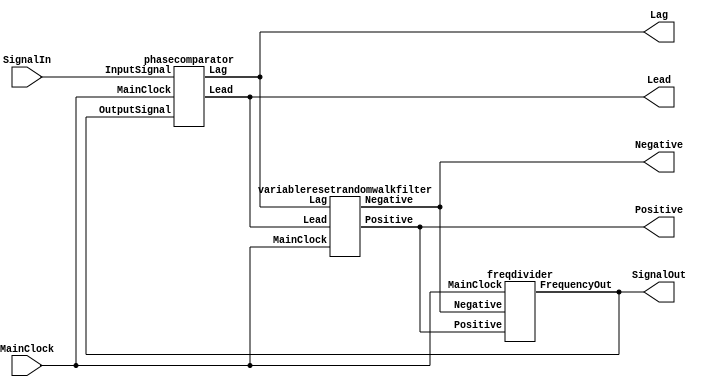

/* Top module */
module dpll(SignalIn, SignalOut, MainClock,
            Positive, Negative, Lead, Lag
            );
input  SignalIn;                // input signal
input  MainClock;               // reference signal
output SignalOut;               // output
output Positive, Negative;      // internal DPLL signals
output Lead, Lag;               // internal DPLL signals

// phase comparator 
phasecomparator inst_ph_cmp(.MainClock(MainClock), .InputSignal(SignalIn),
                            .OutputSignal(SignalOut), .Lead(Lead), .Lag(Lag)
                            );
/*
// "Zero-Reset Random Walk Filter"
randomwalkfilter inst_zrwf(.MainClock(MainClock), .Lead(Lead), .Lag(Lag),
                           .Positive(Positive), .Negative(Negative)
                           );
*/

// "Variable-Reset Random Walk Filter"
variableresetrandomwalkfilter inst_zrwf(.MainClock(MainClock), .Lead(Lead), .Lag(Lag),
                           .Positive(Positive), .Negative(Negative)
                           );

// controlled frequency divider
freqdivider inst_freqdiv(.MainClock(MainClock), .FrequencyOut(SignalOut),
                           .Positive(Positive), .Negative(Negative)
                           );

endmodule

/* frequency divider and phase controller */

module freqdivider(MainClock, Positive, Negative, FrequencyOut);
 input MainClock;                 // main clock
 input Positive, Negative;    // signals Positive, Negative are synchronous with MainClock
 output FrequencyOut;         // output frequency

/* needed counter length */
parameter DividerLength   = 7;

/*  controlled prescaler, after this prescales the "divider by 2" installed,     */
/*  so composite divide coefficient will be equivalent of 96 (in this example) - */
/*  it's necessary for work DPLL on frequency 192kHz with oscillator             */
/*  frequency 18432kHz                                                           */
/* additional divider by 2 used for getting output signal with duty factor of 2  */

parameter DividerMaxValue = 48;

reg [DividerLength-1 : 0] DividerCounter;
reg FrequencyOut;        // registered output

/* Process of freq. division according to  signals from Random  Deviations Filter:  */
/* if "lag" then counter will incremented by 2                                                                          */
/* if "lead" then counter will not changed                                                                                */
/* if there is no phase lead or lag then counter normally incremented by 1                          */

always @(posedge MainClock)
 begin
  if(DividerCounter >= (DividerMaxValue - 1))
    DividerCounter <= 0;
    else if(Negative)       DividerCounter <= DividerCounter + 2;
          else if(Positive) DividerCounter <= DividerCounter;
                else        DividerCounter <= DividerCounter + 1;
  if(DividerCounter == 0) FrequencyOut <= ~FrequencyOut;           // additional divider by 2 - for producing 50% duty factor of the output signal
 end

endmodule

/* phase comparator */
module phasecomparator(InputSignal, OutputSignal, MainClock, Lead, Lag);

input InputSignal, OutputSignal;    // PLL input(reference) and output(dejittered clock) signals
input MainClock;                    // System Clock
output Lead, Lag;                   // Lead and Lag signals

reg [1:0] InputSignalEdgeDet;       // detector of the rising edge
always @(posedge MainClock)
 begin
  InputSignalEdgeDet <= { InputSignalEdgeDet[0], InputSignal };
 end


/* this signal checked at rising edge of MainClock.       */
/* It's simple detector of the Input signal rising edge - */
/* When it detected then we check the level of the output.*/
/* There is possible to place additional 2 registers for  */
/* output signal for eliminatig  the cmp. constant phase error */
wire InputSignalEdge = (InputSignalEdgeDet == 2'b01);

/* "Lead" signal will be generate in case of output==1 during input rising edge*/
reg Lead, Lag;                   // outputs "Lead", "Lag" are registered
always @(posedge MainClock)
 begin                         
  Lag  <= ((InputSignalEdge == 1'b1)  && (OutputSignal == 1'b0));
  Lead <= ((InputSignalEdge == 1'b1)  && (OutputSignal == 1'b1));
 end

endmodule

/* Random Walk Filter with reset value of 0*/
module randomwalkfilter(MainClock, Lead, Lag, Positive, Negative);
 input  MainClock, Lead, Lag;    // System Clock and Phase Comparator signals
 output Positive, Negative;      // "positive shift" and "negative shift" outputs

/* some parametere are accessible from outside */
parameter FilterLength      = 8;
parameter FilterResetValue  = 4;
parameter FilterMaxValue    = FilterResetValue;
parameter FilterMinValue    = 256 - FilterResetValue;

/* reversive counter */ 
reg [FilterLength-1 : 0] FilterCounter;

/* calculation of output pulses synchrinized with MainClock */
always @(posedge MainClock)
 begin
  if((FilterCounter == FilterMaxValue) || (FilterCounter == FilterMinValue))
    FilterCounter <= 0;
    else
     begin
      if(Lead) FilterCounter <= FilterCounter + 1;
      if(Lag)  FilterCounter <= FilterCounter - 1;
     end
 end

/* making "Lead" and "Lag" signals when  */
/* counter reached max or min levels     */
reg Positive, Negative;
always @(posedge MainClock)
 begin
  Positive <= (FilterCounter == FilterMaxValue);
  Negative <= (FilterCounter == FilterMinValue);
 end

endmodule



/* random-walk filter with variable reset */

module variableresetrandomwalkfilter(MainClock, Lead, Lag, Positive, Negative);
 input  MainClock, Lead, Lag; // System Clock and Phase Comparator signals
 output Positive, Negative;   // "positive shift" and "negative shift" outputs

parameter N_FilterLength      = 8;
parameter N_FilterResetValue  = 8;
parameter N_FilterMaxValue    = N_FilterResetValue;

/* 256=2_PWR_8(counter length). Use this value because unsigned arithmetic */
parameter N_FilterMinValue    = 256 - N_FilterResetValue;

/* the counter length of reset scheme must be short */
parameter ResetterCounterLength   = 4;
parameter ResetterCounterMaxValue = 3;

/* 16=2_PWR_4 */
parameter ResetterCounterMinValue = 16 - 3;

/* counter "N - RandomWalkFilter" */ 
reg [N_FilterLength-1 : 0] N_FilterCounter;

/* connections of "M - RandomWalkFilter" */
wire Up, Down;
randomwalkfilter inst_M_Filter(.MainClock(MainClock), .Lead(Lead), .Lag(Lag),
                                             .Positive(Up), .Negative(Down));
defparam inst_M_Filter.FilterResetValue = 32;  // length "M-RWF" = 32

/* Reset Scheme. This counter changes on "M-RWF" counter */
reg [ResetterCounterLength-1 : 0] ResetterCounter;
always @(posedge MainClock)
 begin
  if(Up)
   begin
    if((ResetterCounter < ResetterCounterMaxValue) || (ResetterCounter >= ResetterCounterMinValue))
     ResetterCounter <= ResetterCounter + 1;
   end
  else if(Down)
   begin
    if((ResetterCounter <= ResetterCounterMaxValue) || (ResetterCounter > ResetterCounterMinValue))
     ResetterCounter <= ResetterCounter - 1;
   end
  if((ResetterCounter > ResetterCounterMaxValue) && (ResetterCounter < ResetterCounterMinValue))
     ResetterCounter <= 0;
 end

/* Look-Up Table between ResetterCounter value and reset state of "N-RWF" */
reg [N_FilterLength-1 : 0] ResetterValue;
always @(1)
 begin
  case(ResetterCounter)
   16 - 3:  ResetterValue = 256 - 7;
   16 - 2:  ResetterValue = 256 - 6;
   16 - 1:  ResetterValue = 256 - 4;
   0:       ResetterValue = 0;
   1:       ResetterValue = 4;
   2:       ResetterValue = 6;
   3:       ResetterValue = 7;
   default: ResetterValue = 0;
  endcase
 end

/* "N-RWF" Filter has different reset states */
/* in accordance ResetterCounter value       */
always @(posedge MainClock)
 begin
  if((N_FilterCounter == N_FilterMaxValue) || (N_FilterCounter == N_FilterMinValue))
    N_FilterCounter <= ResetterValue;
    else
     begin
      if(Lead) N_FilterCounter <= N_FilterCounter + 1;
      if(Lag)  N_FilterCounter <= N_FilterCounter - 1;
     end
 end

/* making "Lead" and "Lag" signals when  */
/* counter reached max or min levels     */
reg Positive, Negative;
always @(posedge MainClock)
 begin
  Positive <= (N_FilterCounter == N_FilterMaxValue);
  Negative <= (N_FilterCounter == N_FilterMinValue);
 end

endmodule